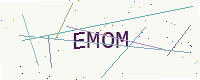
Text: EMOM